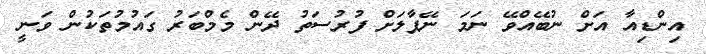
އިންޑިއާ އަށް ނުބޭއްވޭ ނަމަ ނޭޕާލަށް ފުރުސަތު ދޭން މެމްބަރު ގައުމުތަކުން ވަނީ